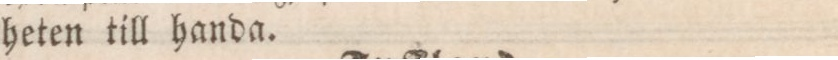
heten till handa.